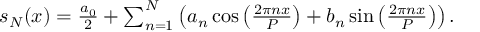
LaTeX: \begin{array} { r } { s _ { N } ( x ) = { \frac { a _ { 0 } } { 2 } } + \sum _ { n = 1 } ^ { N } \left( a _ { n } \cos \left( { \frac { 2 \pi n x } { P } } \right) + b _ { n } \sin \left( { \frac { 2 \pi n x } { P } } \right) \right) . } \end{array}